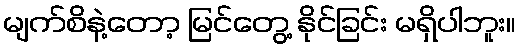
မျက်စိနဲ့တော့ မြင်တွေ့ နိုင်ခြင်း မရှိပါဘူး။